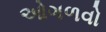
ઓગળવો